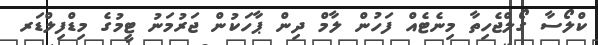
ކްލޯސާ ގޯލްޖެހިތާ މިނެޓެއް ފަހުން ލާމް ދިން ޕާހަކުން ޖަރުމަނު ޓީމުގެ މިޑްފިލްޑަރ